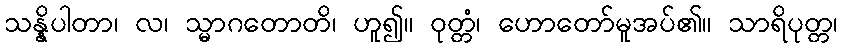
သန္နိပါတာ၊ လ၊ သ္မာဂတောတိ၊ ဟူ၍။ ဝုတ္တံ၊ ဟောတော်မူအပ်၏။ သာရိပုတ္တ၊